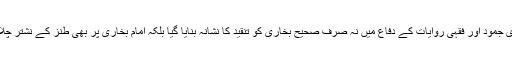
لیکن تقلیدی جمود اور فقہی روایات کے دفاع میں نہ صرف صحیح بخاری کو تنقید کا نشانہ بنایا گیا بلکہ امام بخاری پر بھی طنز کے نشتر چلائے گئے۔